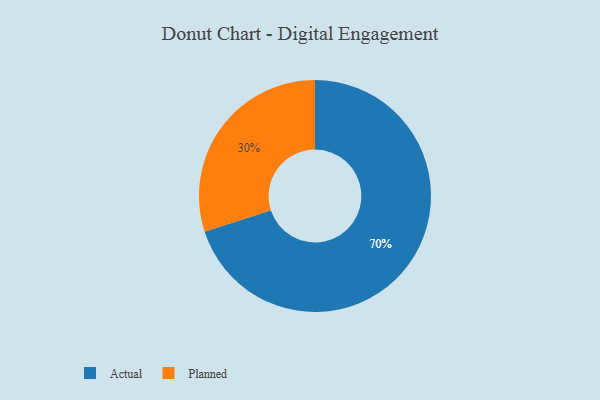
{"axis": {"x": "Category", "y": "Percentage"}, "legend": ["Actual", "Planned"], "data": [{"x": "Planned", "y": 30, "type": "Planned"}, {"x": "Actual", "y": 70, "type": "Actual"}]}